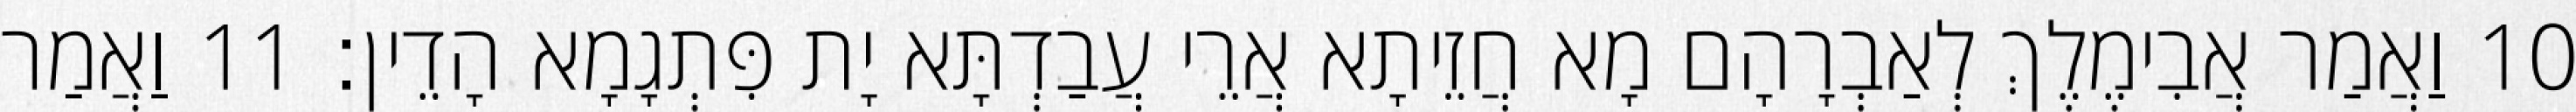
10 וַאֲמַר אֲבִימֶלֶךְ לְאַבְרָהָם מָא חֲזֵיתָא אֲרֵי עֲבַדְתָּא יָת פִּתְגָמָא הָדֵין׃ 11 וַאֲמַר